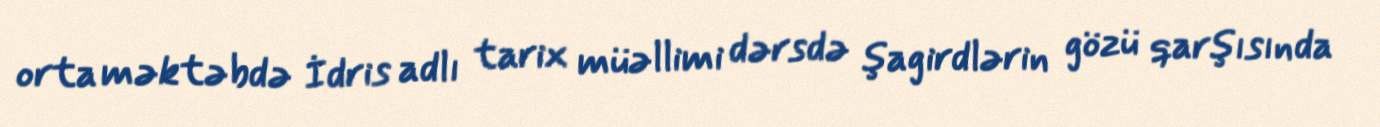
orta məktəbdə İdris adlı tarix müəllimi dərsdə şagirdlərin gözü qarşısında